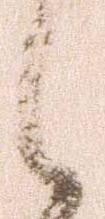
候